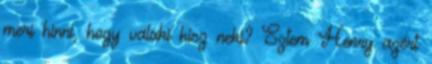
meri hinni, hogy valaki hisz neki? Sztem Henry azért